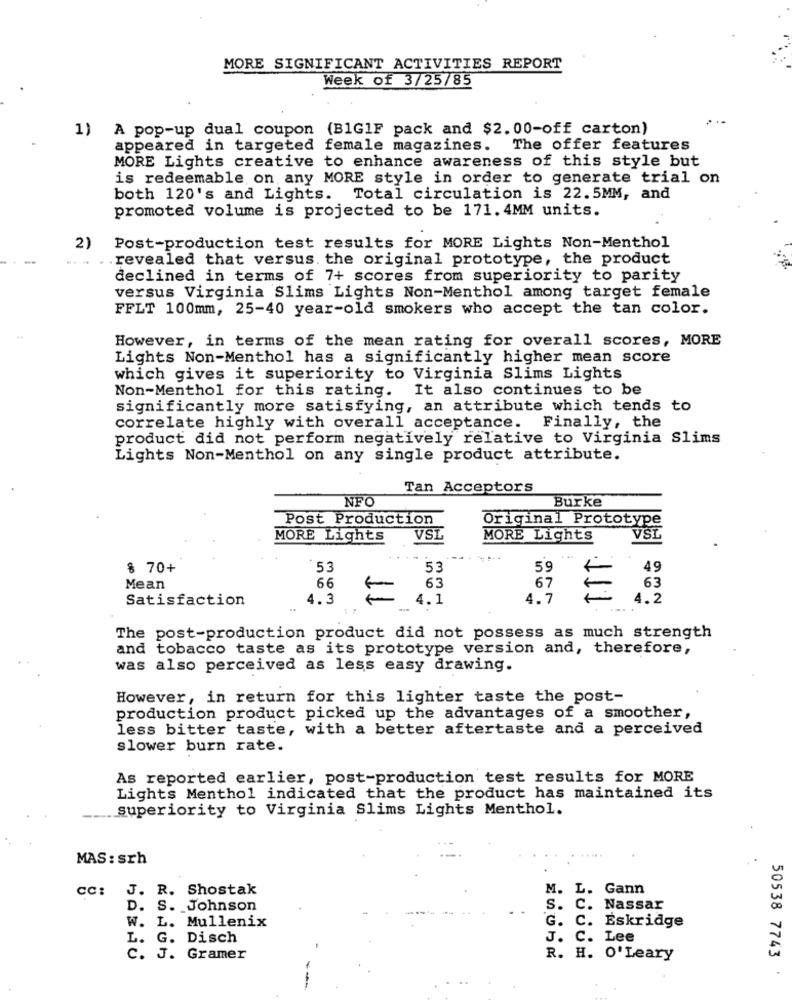
MORE SIGNIFICANT ACTIVITIES REPORT
Week of 3/25/85
1) A pop-up dual coupon (B1G1F pack and $2.00-off carton)
appeared in targeted female magazines. The offer features
MORE Lights creative to enhance awareness of this style but
is redeemable on any MORE style in order to generate trial on
both 120's and Lights. Total circulation is 22.5MM, and
promoted volume is projected to be 171. 4MM units.
2)
Post-production test results for MORE Lights Non-Menthol
. revealed that versus. the original prototype, the product
declined in terms of 7+ scores from superiority to parity
versus Virginia Slims Lights Non-Menthol among target female
FFLT 100mm, 25-40 year-old smokers who accept the tan color.
However, in terms of the mean rating for overall scores, MORE
Lights Non-Menthol has a significantly higher mean score
which gives it superiority to Virginia Slims Lights
Non-Menthol for this rating. It also continues to be
significantly more satisfying, an attribute which tends to
correlate highly with overall acceptance. Finally, the
product did not perform negatively relative to Virginia Slims
Lights Non-Menthol on any single product attribute.
Tan Acceptors
NFO
Burke
Post Production
Original Prototype
MORE Lights
VSL
MORE Lights
VSL
---
$ 70+
53
53
59
49
Mean
66
63
67
63
Satisfaction
4.3
=
4.1
4.7
4.2
...
The post-production product did not possess as much strength
and tobacco taste as its prototype version and, therefore,
was also perceived as less easy drawing.
However, in return for this lighter taste the post-
production product picked up the advantages of a smoother,
less bitter taste, with a better aftertaste and a perceived
slower burn rate.
As reported earlier, post-production test results for MORE
Lights Menthol indicated that the product has maintained its
superiority to Virginia Slims Lights Menthol.
MAS : srh
J. R. Shostak
M. L.
Gann
CC:
c.
D. S. Johnson
Nassar
W. L. Mullenix
G. C.
Eskridge
L. G. Disch
J. C.
Lee
C. J. Gramer
R. H. O' Leary
50538 7743